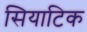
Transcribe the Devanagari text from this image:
सियाटिक